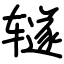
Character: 𫟦